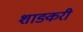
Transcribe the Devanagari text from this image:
शाङ्करी